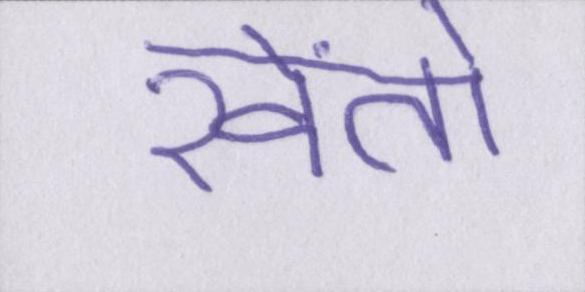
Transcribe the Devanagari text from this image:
खेंतो